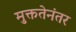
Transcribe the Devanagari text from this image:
मुक्ततेनंतर